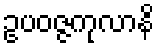
ဥပဝဇ္ဇကုလာနိ